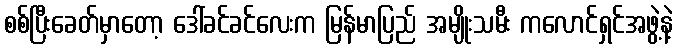
စစ်ပြီးခေတ်မှာတော့ ဒေါ်ခင်ခင်လေးက မြန်မာပြည် အမျိုးသမီး ကလောင်ရှင်အဖွဲ့နဲ့